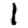
Digit: 1